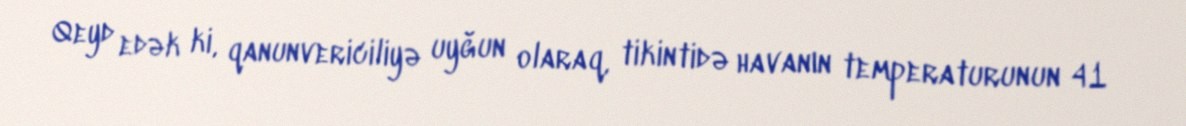
Qeyd edək ki, qanunvericiliyə uyğun olaraq, tikintidə havanın temperaturunun 41